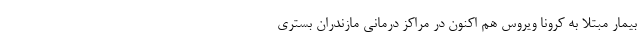
بیمار مبتلا به کرونا ویروس هم اکنون در مراکز درمانی مازندران بستری